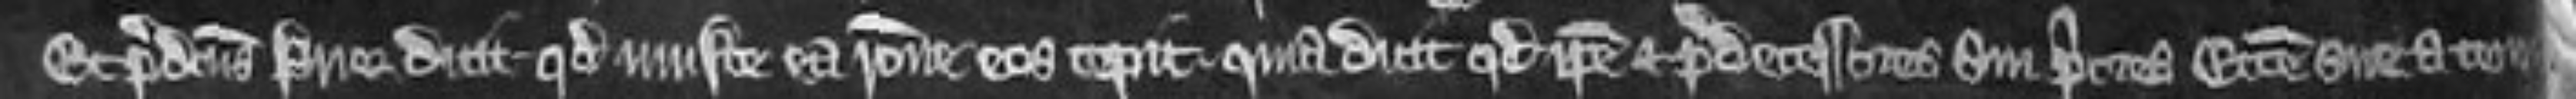
Et predictus Prior dicit quod injuste ea racione eos cepit quia dicit quod ipse et predecessores sui priores ecclesie sue a tempore